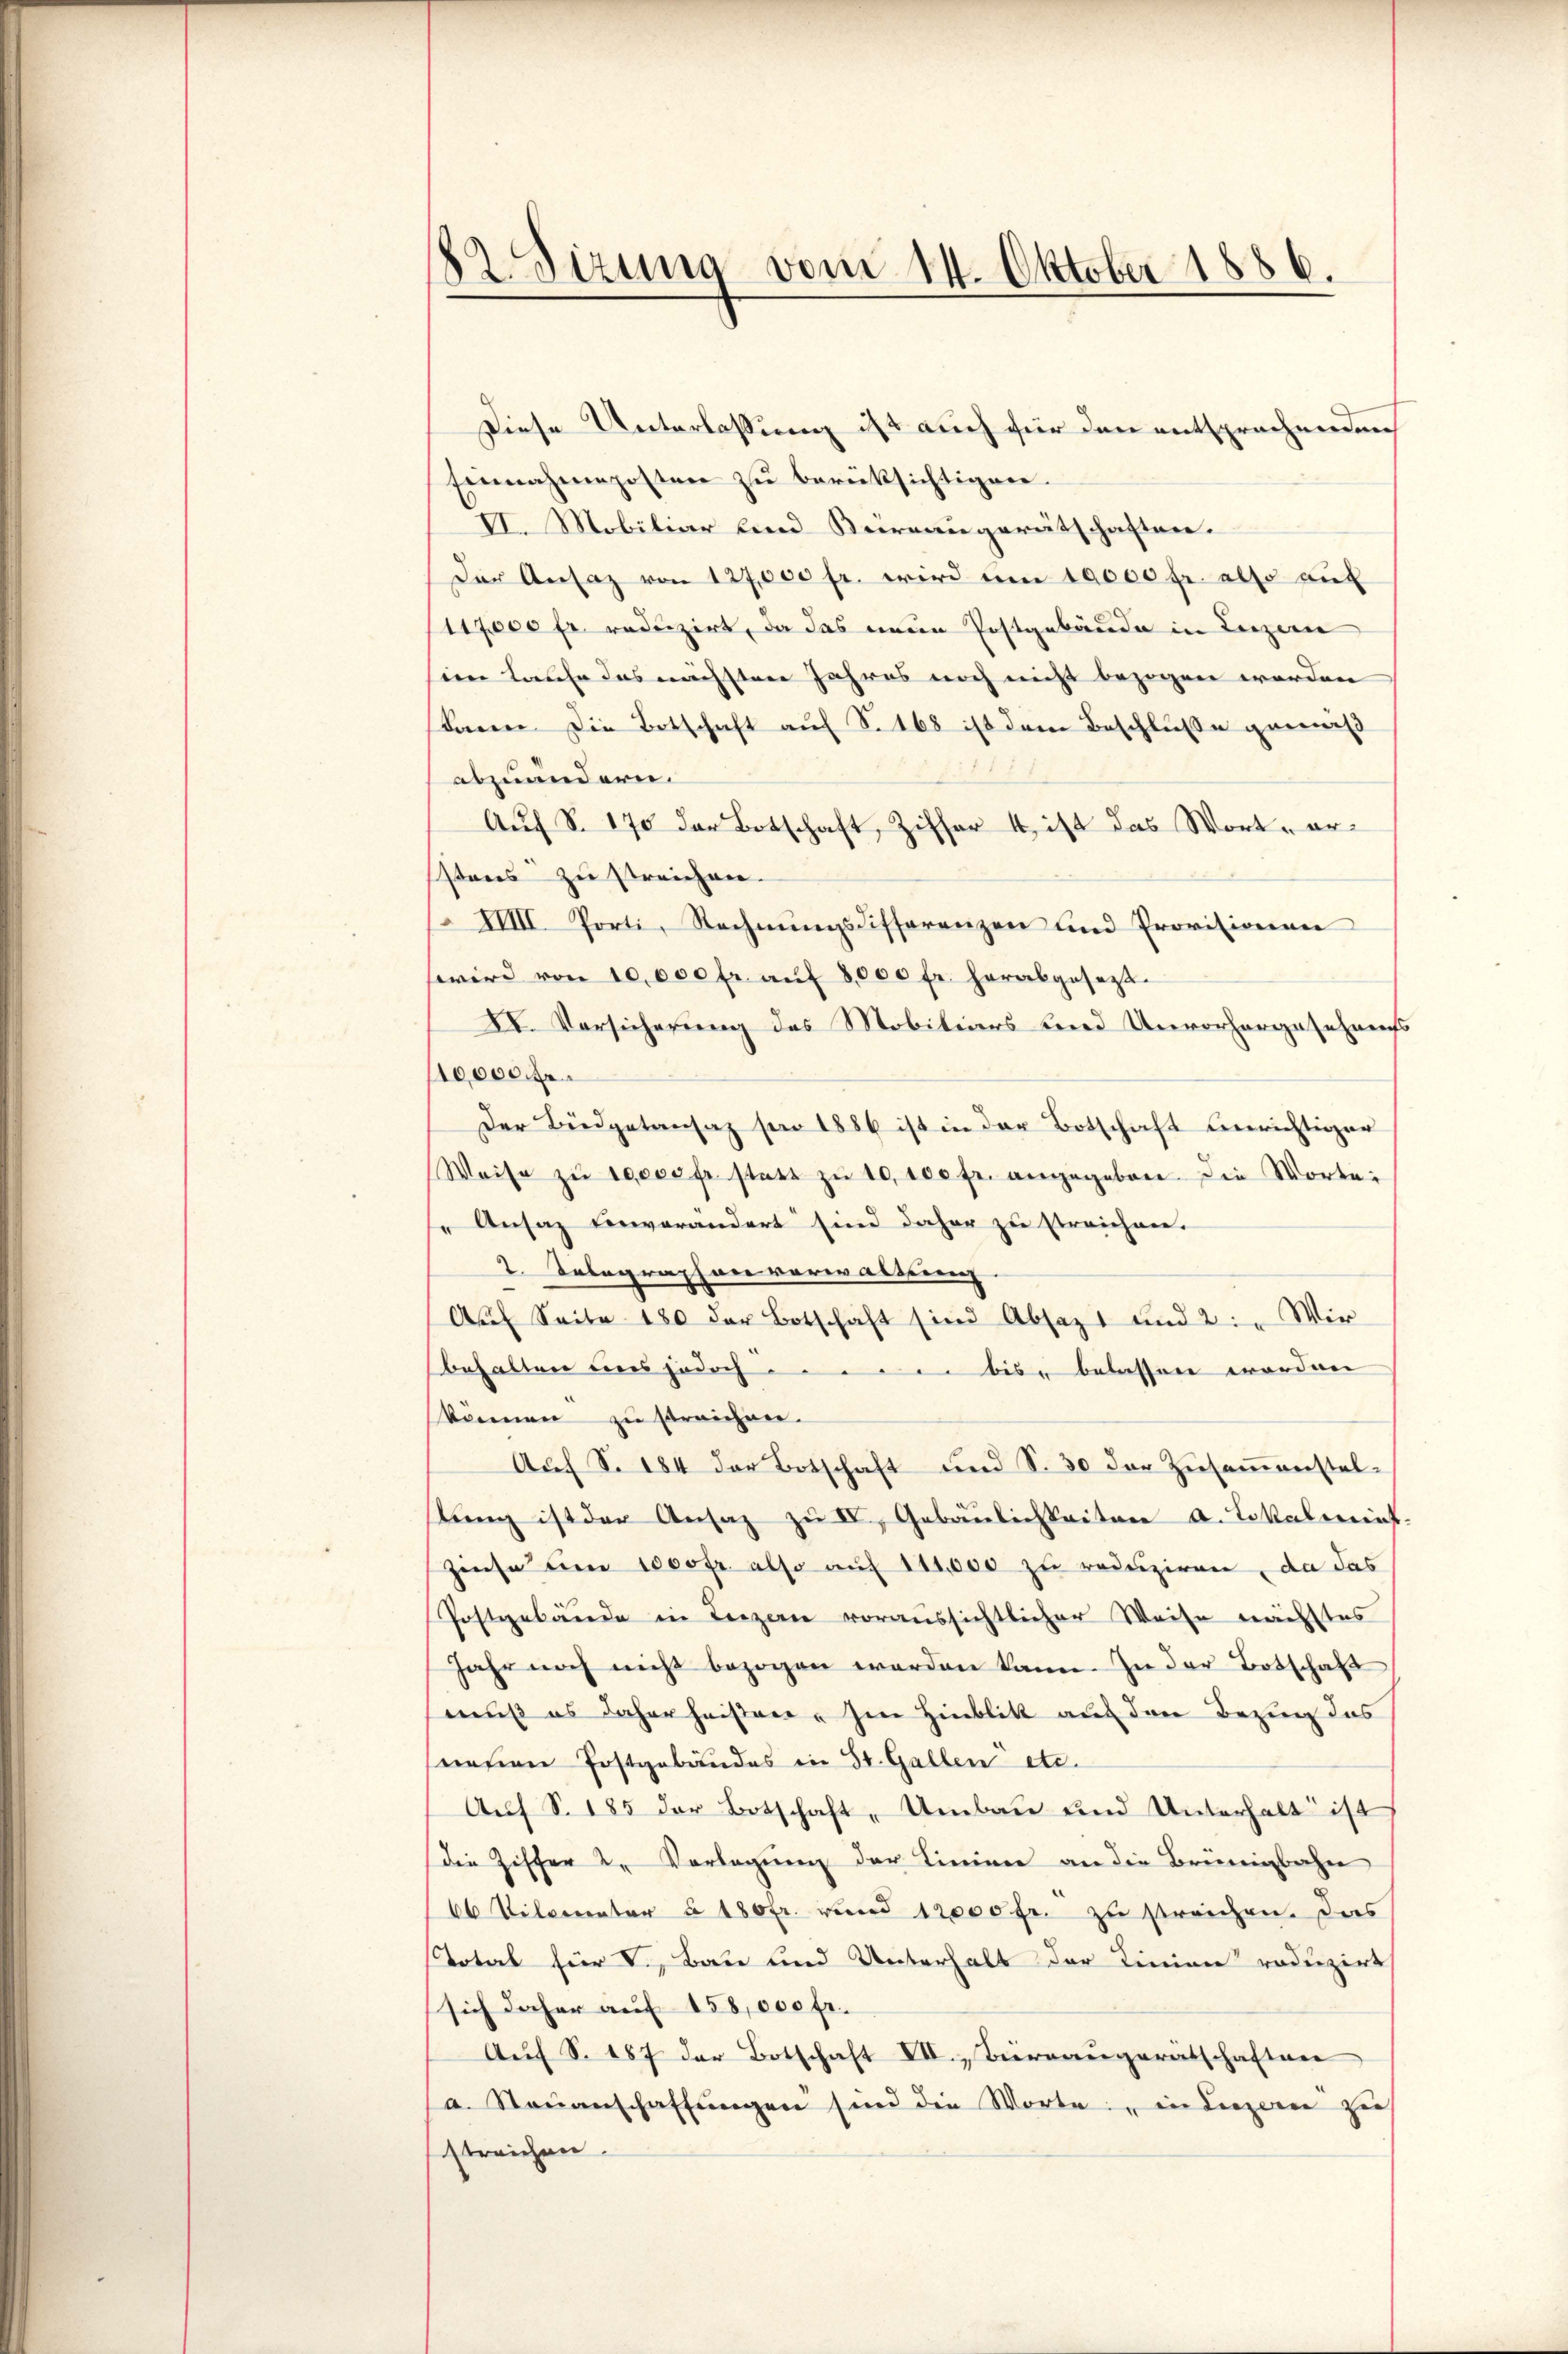
182. Sirung vom 14. Oktober 1886.

Diese Unterlassung ist auch für den entsprechenden
Einnahmeposten zu berüksichtigen.
VI. Mobiliar und Bureaugerätschaften.
Der Ansaz von 127,000 fr. wird am 10000 fr. also auf
117,000 fr. reduzirt, da das neue Postgebäude in Luzern
sien Laufe das nächsten Jahres noch nicht bezogen worden
kann die Botschaft auf S. 168 ist dem Beschlusse gemäß
abzuändern.
Auf S. 170 der Botschaft, Ziffer 4 ist das Wort erstens zu streichen
IIIII Porti, Rechnŭngsdifferenzen und Provisionen
wird von 10,000 fr. aŭf 8000 fr. herabgesezt.
XI. Vorsicherung des Mobiliars und Unvorhergesehens
10,000 Fr.
Der Büdgetansaz son 1886 ist in der Botschaft einrichtiger
Weise zŭ 10000 fr statt zŭ 10,100 fr. angegeben die Wortei
se Ansaz einverändert sind daher zu streichen.
2. Telegraphonverwaltung.
Aŭf Seite 180 der Botschaft sind Absazt und 2: " Wir
behalten uns jedoch bis belassen worden |
können zu streichen.
Aŭf S. 184 der Botschaft und S. 30 der Zŭsaṁenstel-
stŭng ist der Ansaz zŭ IV. Gebäŭlichkeiten a. Lokalmint
Zinse um 1000fr. also auf 111,000 zu reduziren, da das
Postgebäude in Lenzern voraussichtlicher Weise nächstes
Jahr noch nicht bezogen werden kann. In der Botschaft
muß es daher heißen. Im Hinblik auf den Bezug das
neuen Postgebäudes in St. Gallen etc.
Auf S. 185 der Botschaft „Umbau und Unterhalt ist
die Ziffer 2. Vorlegung der Linien an die Brünigbahn
66 Vilometer § 180fr. und 12000 fr. zu streichen. Das
Total für V., Bau und Unterhalt der Linien roduzirt
sich daher auf 158,000 fr.
Auf S. 187 der Botschaft VII. Bureaugerätschaften
a. Staŭanschaffŭngen sind die Worten in Luzern zu
streichen